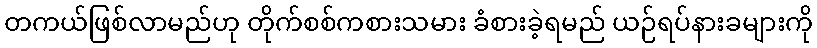
တကယ်ဖြစ်လာမည်ဟု တိုက်စစ်ကစားသမား ခံစားခဲ့ရမည် ယဉ်ရပ်နားခများကို